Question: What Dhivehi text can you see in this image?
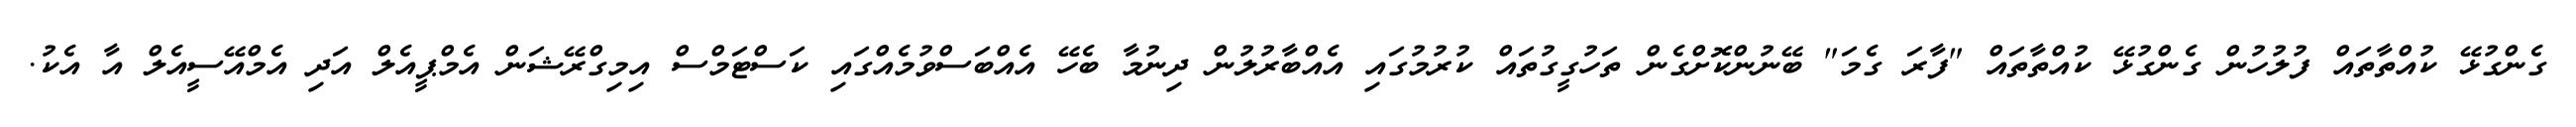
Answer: ގެންގުޅޭ ކުއްތާތައް ފުލުހުން ގެންގުޅޭ ކުއްތާތައް "ފާރަ ގެމަ" ބޭނުންކޮށްގެން ތަހުގީގުތައް ކުރުމުގައި އެއްބާރުލުން ދިނުމާ ބެހޭ އެއްބަސްވުމެއްގައި ކަސްޓަމްސް އިމިގްރޭޝަން އެމްޕީއެލް އަދި އެމްއޭސީއެލް އާ އެކު.